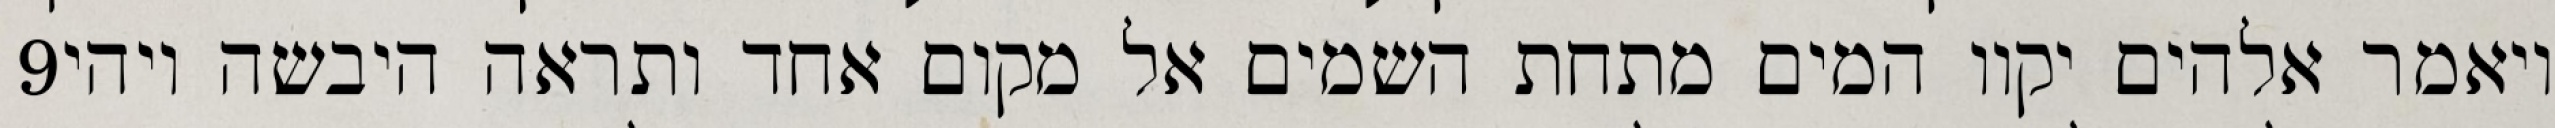
‎9‏ ויאמר אלהים יקוו המים מתחת השמים אל מקום אחד ותראה היבשה ויהי